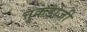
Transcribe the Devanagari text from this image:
त्तुकडोजी